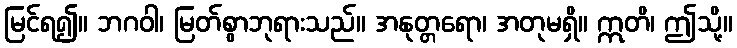
မြင်ရ၍။ ဘဂဝါ၊ မြတ်စွာဘုရားသည်။ အနုတ္တရော၊ အတုမရှိ။ ဣတိ၊ ဤသို့။